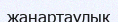
жанартаулық